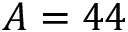
A = 4 4